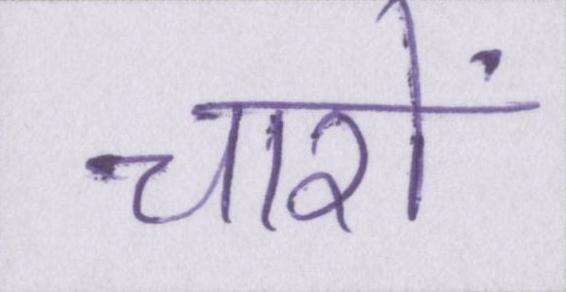
चारो